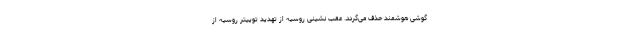
گوشی هوشمند حذف می‌گردد. عقب نشینی روسیه از تهدید توییتر روسیه از